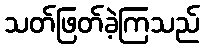
သတ်ဖြတ်ခဲ့ကြသည်